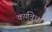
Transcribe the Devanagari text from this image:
कर्णवेध।